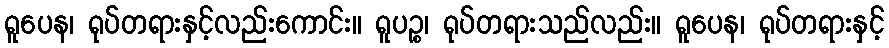
ရူပေန၊ ရုပ်တရားနှင့်လည်းကောင်း။ ရူပဉ္စ၊ ရုပ်တရားသည်လည်း။ ရူပေန၊ ရုပ်တရားနှင့်